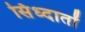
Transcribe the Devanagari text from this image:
सिंध्दातों